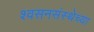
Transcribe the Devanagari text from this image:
श्वसनसंस्थेच्या